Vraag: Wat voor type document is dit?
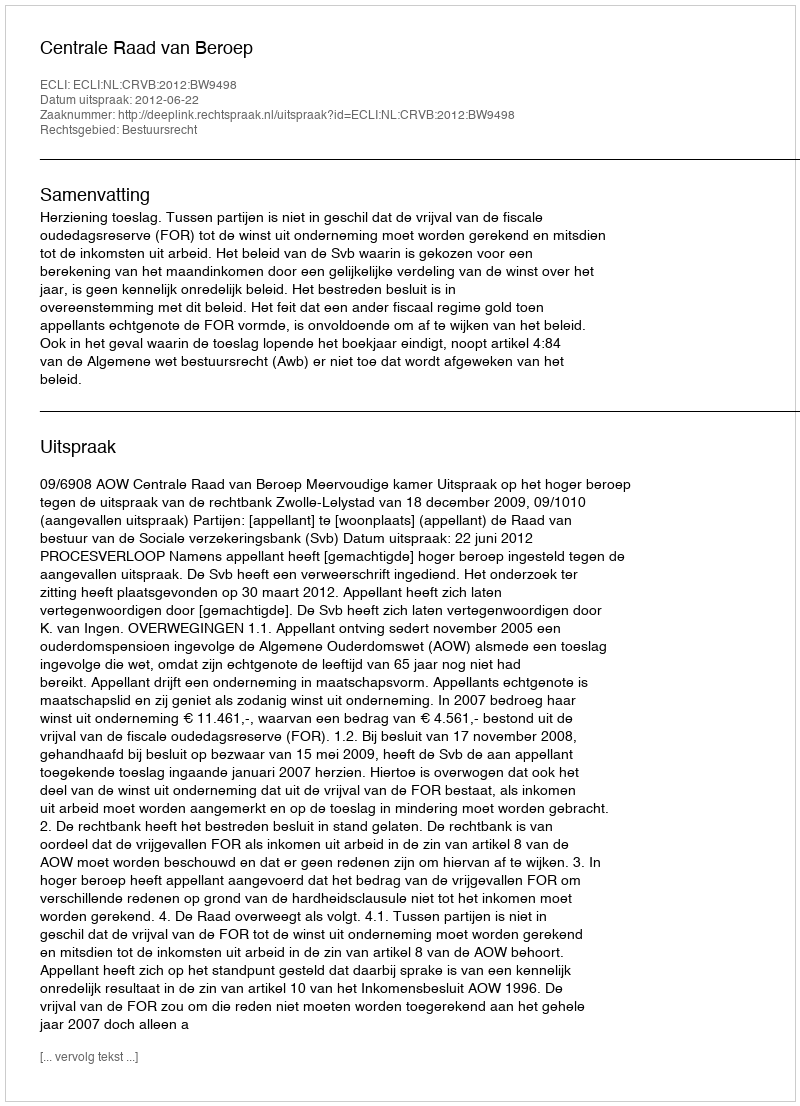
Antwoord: Uitspraak